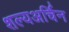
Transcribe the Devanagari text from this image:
शल्यअर्चिन